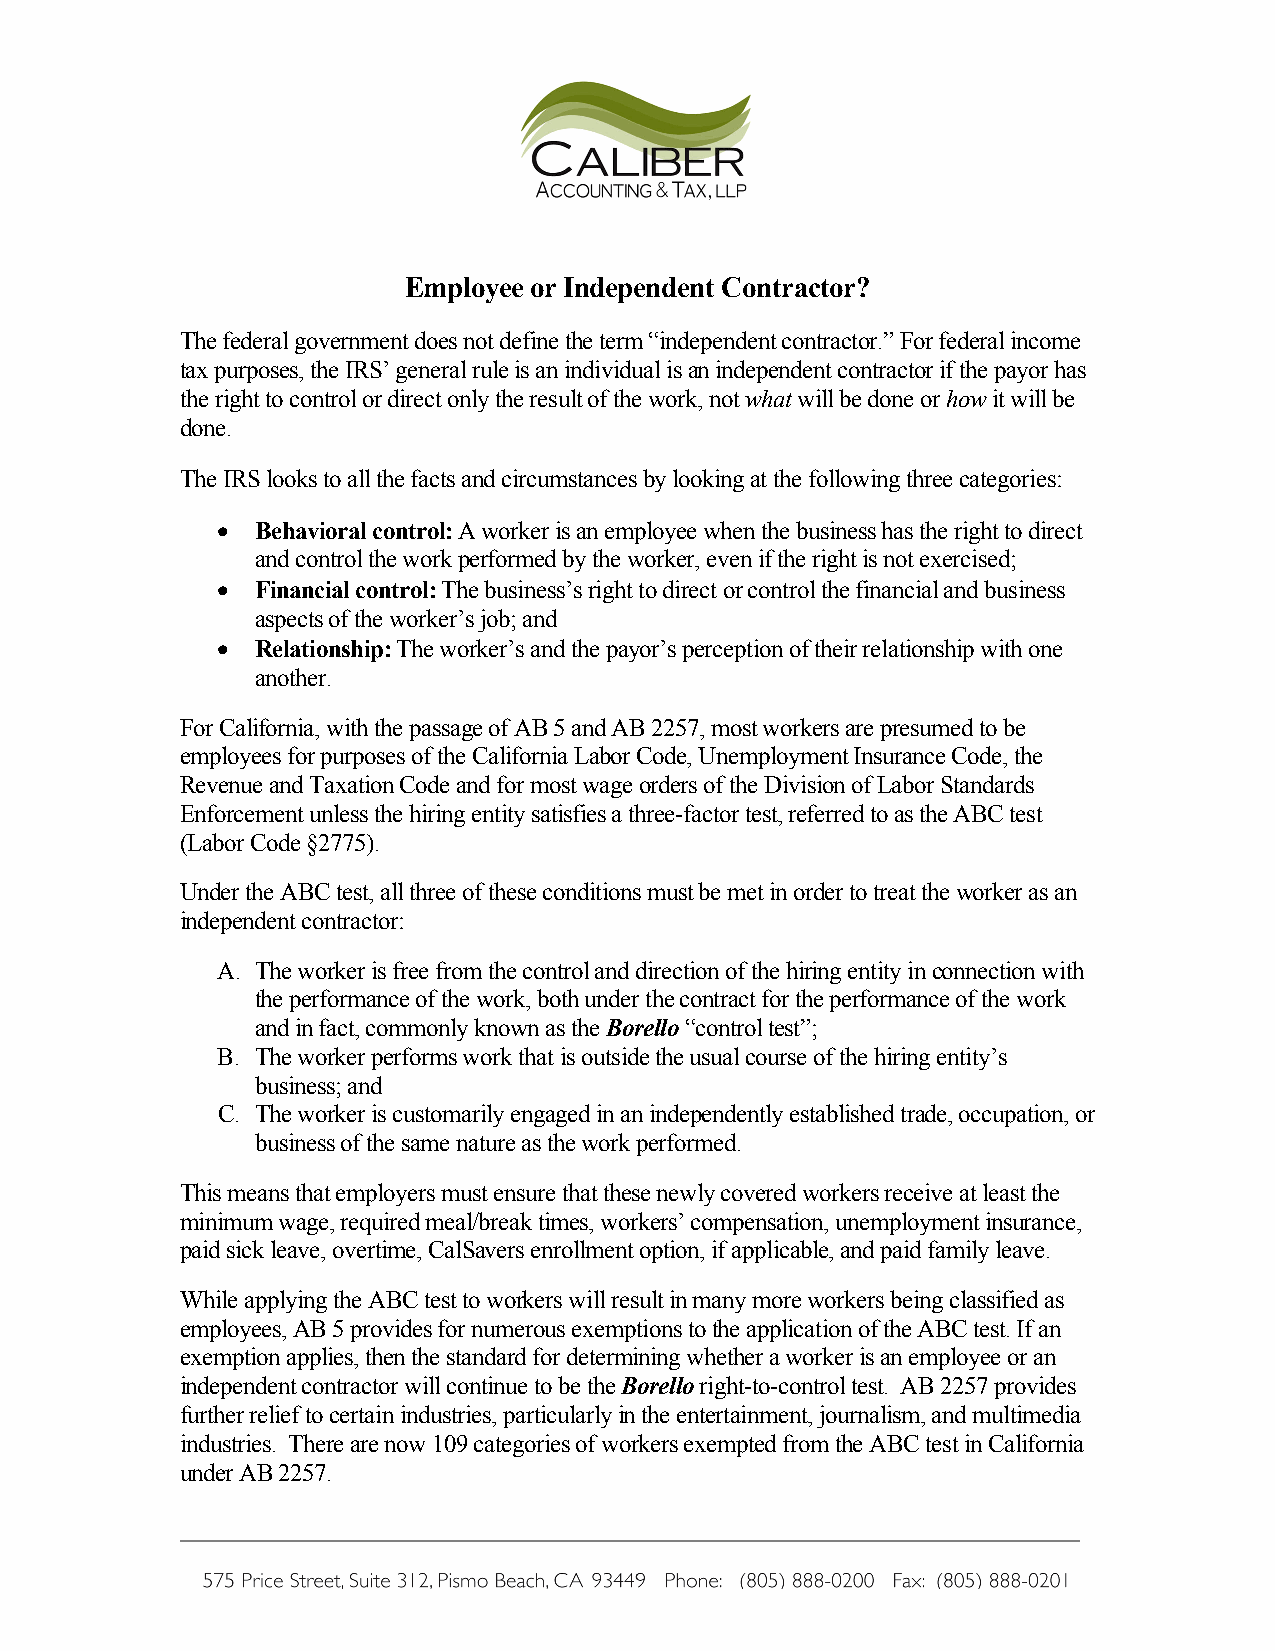
Employee or Independent Contractor?
 The federal government does not define the term “independent contractor.” For federal income
 tax purposes, the IRS’ general rule is an individual is an independent contractor if the payor has
 the right to control or direct only the result of the work, not what will be done or how it will be
 done.
 The IRS looks to all the facts and circumstances by looking at the following three categories:
   Behavioral control: A worker is an employee when the business has the right to direct
 and control the work performed by the worker, even if the right is not exercised;
   Financial control: The business’s right to direct or control the financial and business
 aspects of the worker’s job; and
   Relationship: The worker’s and the payor’s perception of their relationship with one
 another.
 For California, with the passage of AB 5 and AB 2257, most workers are presumed to be
 employees for purposes of the California Labor Code, Unemployment Insurance Code, the
 Revenue and Taxation Code and for most wage orders of the Division of Labor Standards
 Enforcement unless the hiring entity satisfies a three-factor test, referred to as the ABC test
 (Labor Code §2775).
 Under the ABC test, all three of these conditions must be met in order to treat the worker as an
 independent contractor:
 A. The worker is free from the control and direction of the hiring entity in connection with
 the performance of the work, both under the contract for the performance of the work
 and in fact, commonly known as the Borello “control test”;
 B. The worker performs work that is outside the usual course of the hiring entity’s
 business; and
 C. The worker is customarily engaged in an independently established trade, occupation, or
 business of the same nature as the work performed.
 This means that employers must ensure that these newly covered workers receive at least the
 minimum wage, required meal/break times, workers’ compensation, unemployment insurance,
 paid sick leave, overtime, CalSavers enrollment option, if applicable, and paid family leave.
 While applying the ABC test to workers will result in many more workers being classified as
 employees, AB 5 provides for numerous exemptions to the application of the ABC test. If an
 exemption applies, then the standard for determining whether a worker is an employee or an
 independent contractor will continue to be the Borello right-to-control test. AB 2257 provides
 further relief to certain industries, particularly in the entertainment, journalism, and multimedia
 industries. There are now 109 categories of workers exempted from the ABC test in California
 under AB 2257.